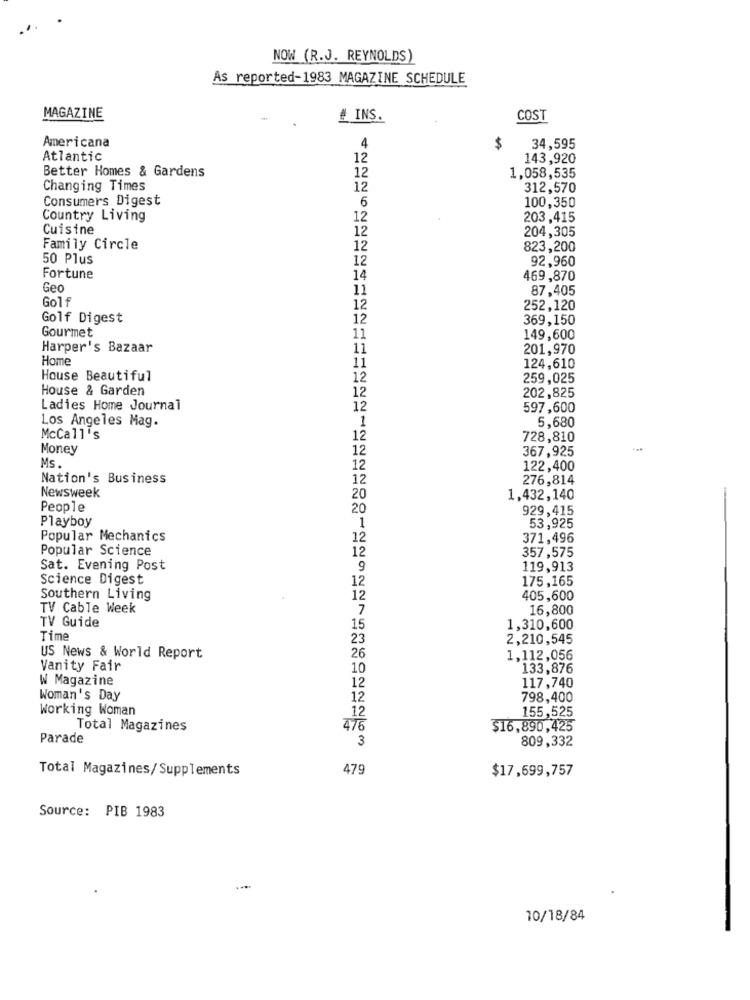
NOW (R.J. REYNOLDS)
As reported-1983 MAGAZINE SCHEDULE
MAGAZINE
# INS.
COST
Americana
4
$
34,595
Atlantic
12
143,920
Better Homes & Gardens
12
1,058,535
Changing Times
12
312,570
Consumers Digest
6
100,350
Country Living
12
203,415
Cuisine
12
204,305
Family Circle
12
823,200
50 Plus
12
92,960
Fortune
14
469,870
Geo
11
87,405
Golf
12
252,120
Golf Digest
12
369,150
Gourmet
11
149,600
Harper's Bazaar
11
201,970
Home
11
124,610
House Beautiful
12
259,025
House & Garden
12
202,825
Ladies Home Journal
12
597,600
Los Angeles Mag.
5,680
McCall's
12
728,810
Money
12
367,925
Ms.
12
122,400
Nation's Business
12
276,814
Newsweek
20
1,432,140
People
20
929,415
Playboy
1
53,925
Popular Mechanics
12
371,496
Popular Science
357,575
12
Sat. Evening Post
9
119,913
Science Digest
12
175,165
Southern Living
12
405,600
TV Cable Week
7
16,800
TV Guide
15
1,310,600
Time
23
2,210,545
US News & World Report
26
1,112,056
Vanity Fair
10
133,876
W Magazine
12
117,740
Woman's Day
12
798,400
Working Woman
12
155,525
Total Magazines
476
$16,890,425
Parade
809,332
3
Total Magazines/Supplements
479
$17,699,757
Source: PIB 1983
10/18/84